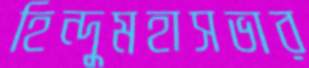
হিন্দুমহাসভার